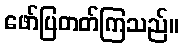
ဖော်ပြတတ်ကြသည်။